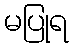
မပြုရ